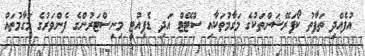
އުފެއްދި ތަފާތު ކޯޕަރޭޝަންތަކުގެ މަގާމުތަކާއި ސްޓޭޓް އަދި ޑެޕިއުޓީ މިނިސްޓަރުންގެ ފެންވަރުގެ މަގާމުތައް